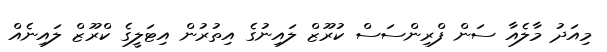
މިއަދު މާލެއާ ސަން ފްރިންސަސް ކުރޫޒް ލައިނުގެ އިތުރުން އިޓަލީގެ ކްރޫޒް ލައިނެއް